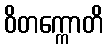
ဝိတက္ကောတိ